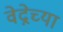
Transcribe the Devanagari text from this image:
वेद्नेच्या